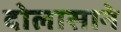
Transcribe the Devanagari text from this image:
दोलासाने